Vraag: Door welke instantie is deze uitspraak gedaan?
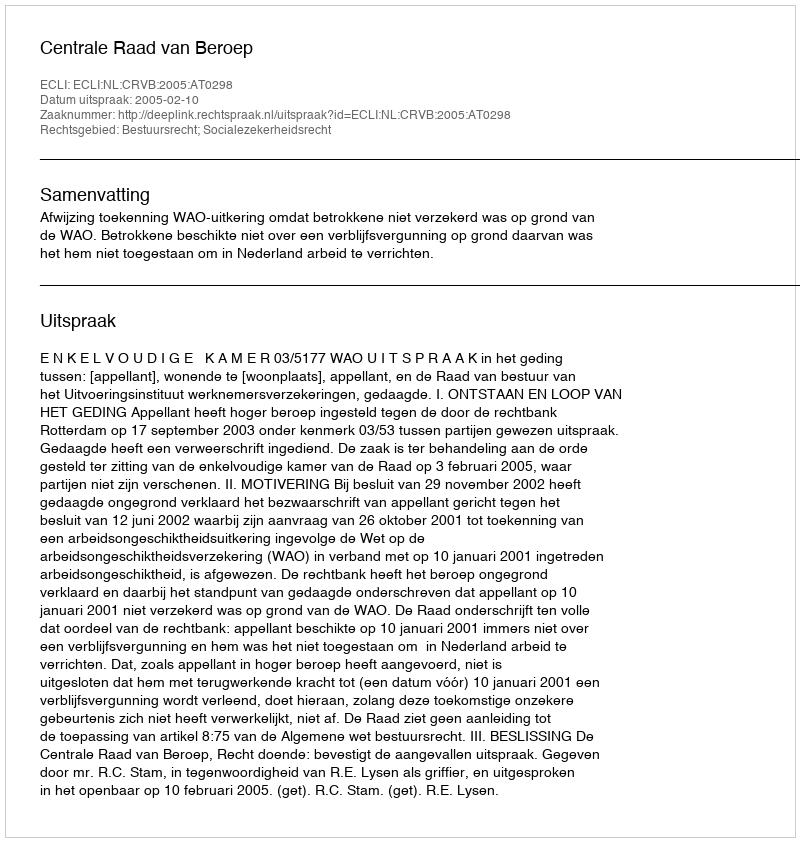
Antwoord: Centrale Raad van Beroep